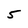
Character: 5